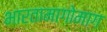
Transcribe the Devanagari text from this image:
भारतामागोमाग